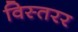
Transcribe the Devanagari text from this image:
विस्तरर